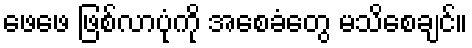
ဖေဖေ ဖြစ်လာပုံကို အစေခံတွေ မသိစေချင်။